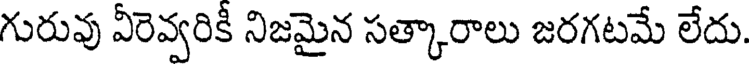
గురువు వీరెవ్వరికీ నిజమైన సత్కారాలు జరగటమే లేదు.